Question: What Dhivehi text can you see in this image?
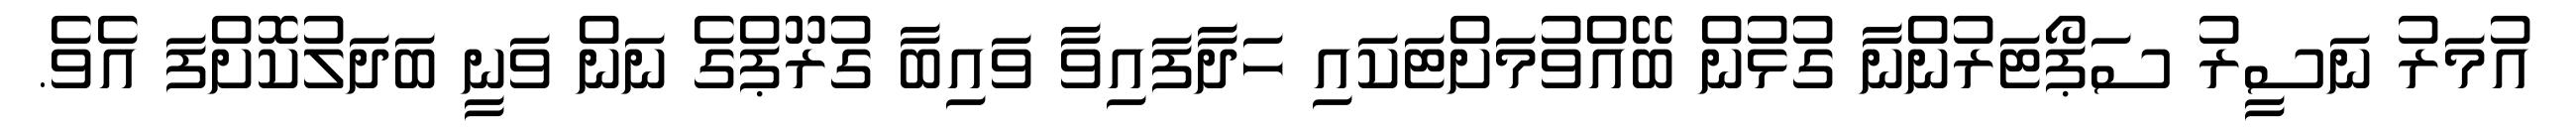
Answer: އުމަރު ނަސީރު ސަޕޯޓަރުންނާ ގުޅުން ބޭއްވުމަށްޓަކައި ހަދާފައިވާ ވައިބާ ގުރޫޕްގެ ނަން ވަނީ ބަދަލުކޮށްފަ އެވެ.